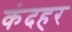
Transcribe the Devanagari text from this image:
कंदहर